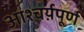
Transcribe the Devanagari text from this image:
आश्चर्य़पूर्ण